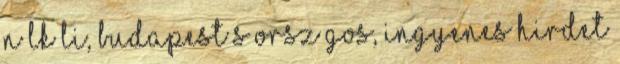
n lk li, budapest s orsz gos, ingyenes hirdet